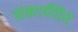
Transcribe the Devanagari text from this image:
संकटपीडित